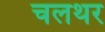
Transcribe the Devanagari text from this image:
चलथर